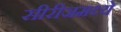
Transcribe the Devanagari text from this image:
सीरीजमध्ये